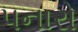
પનારો